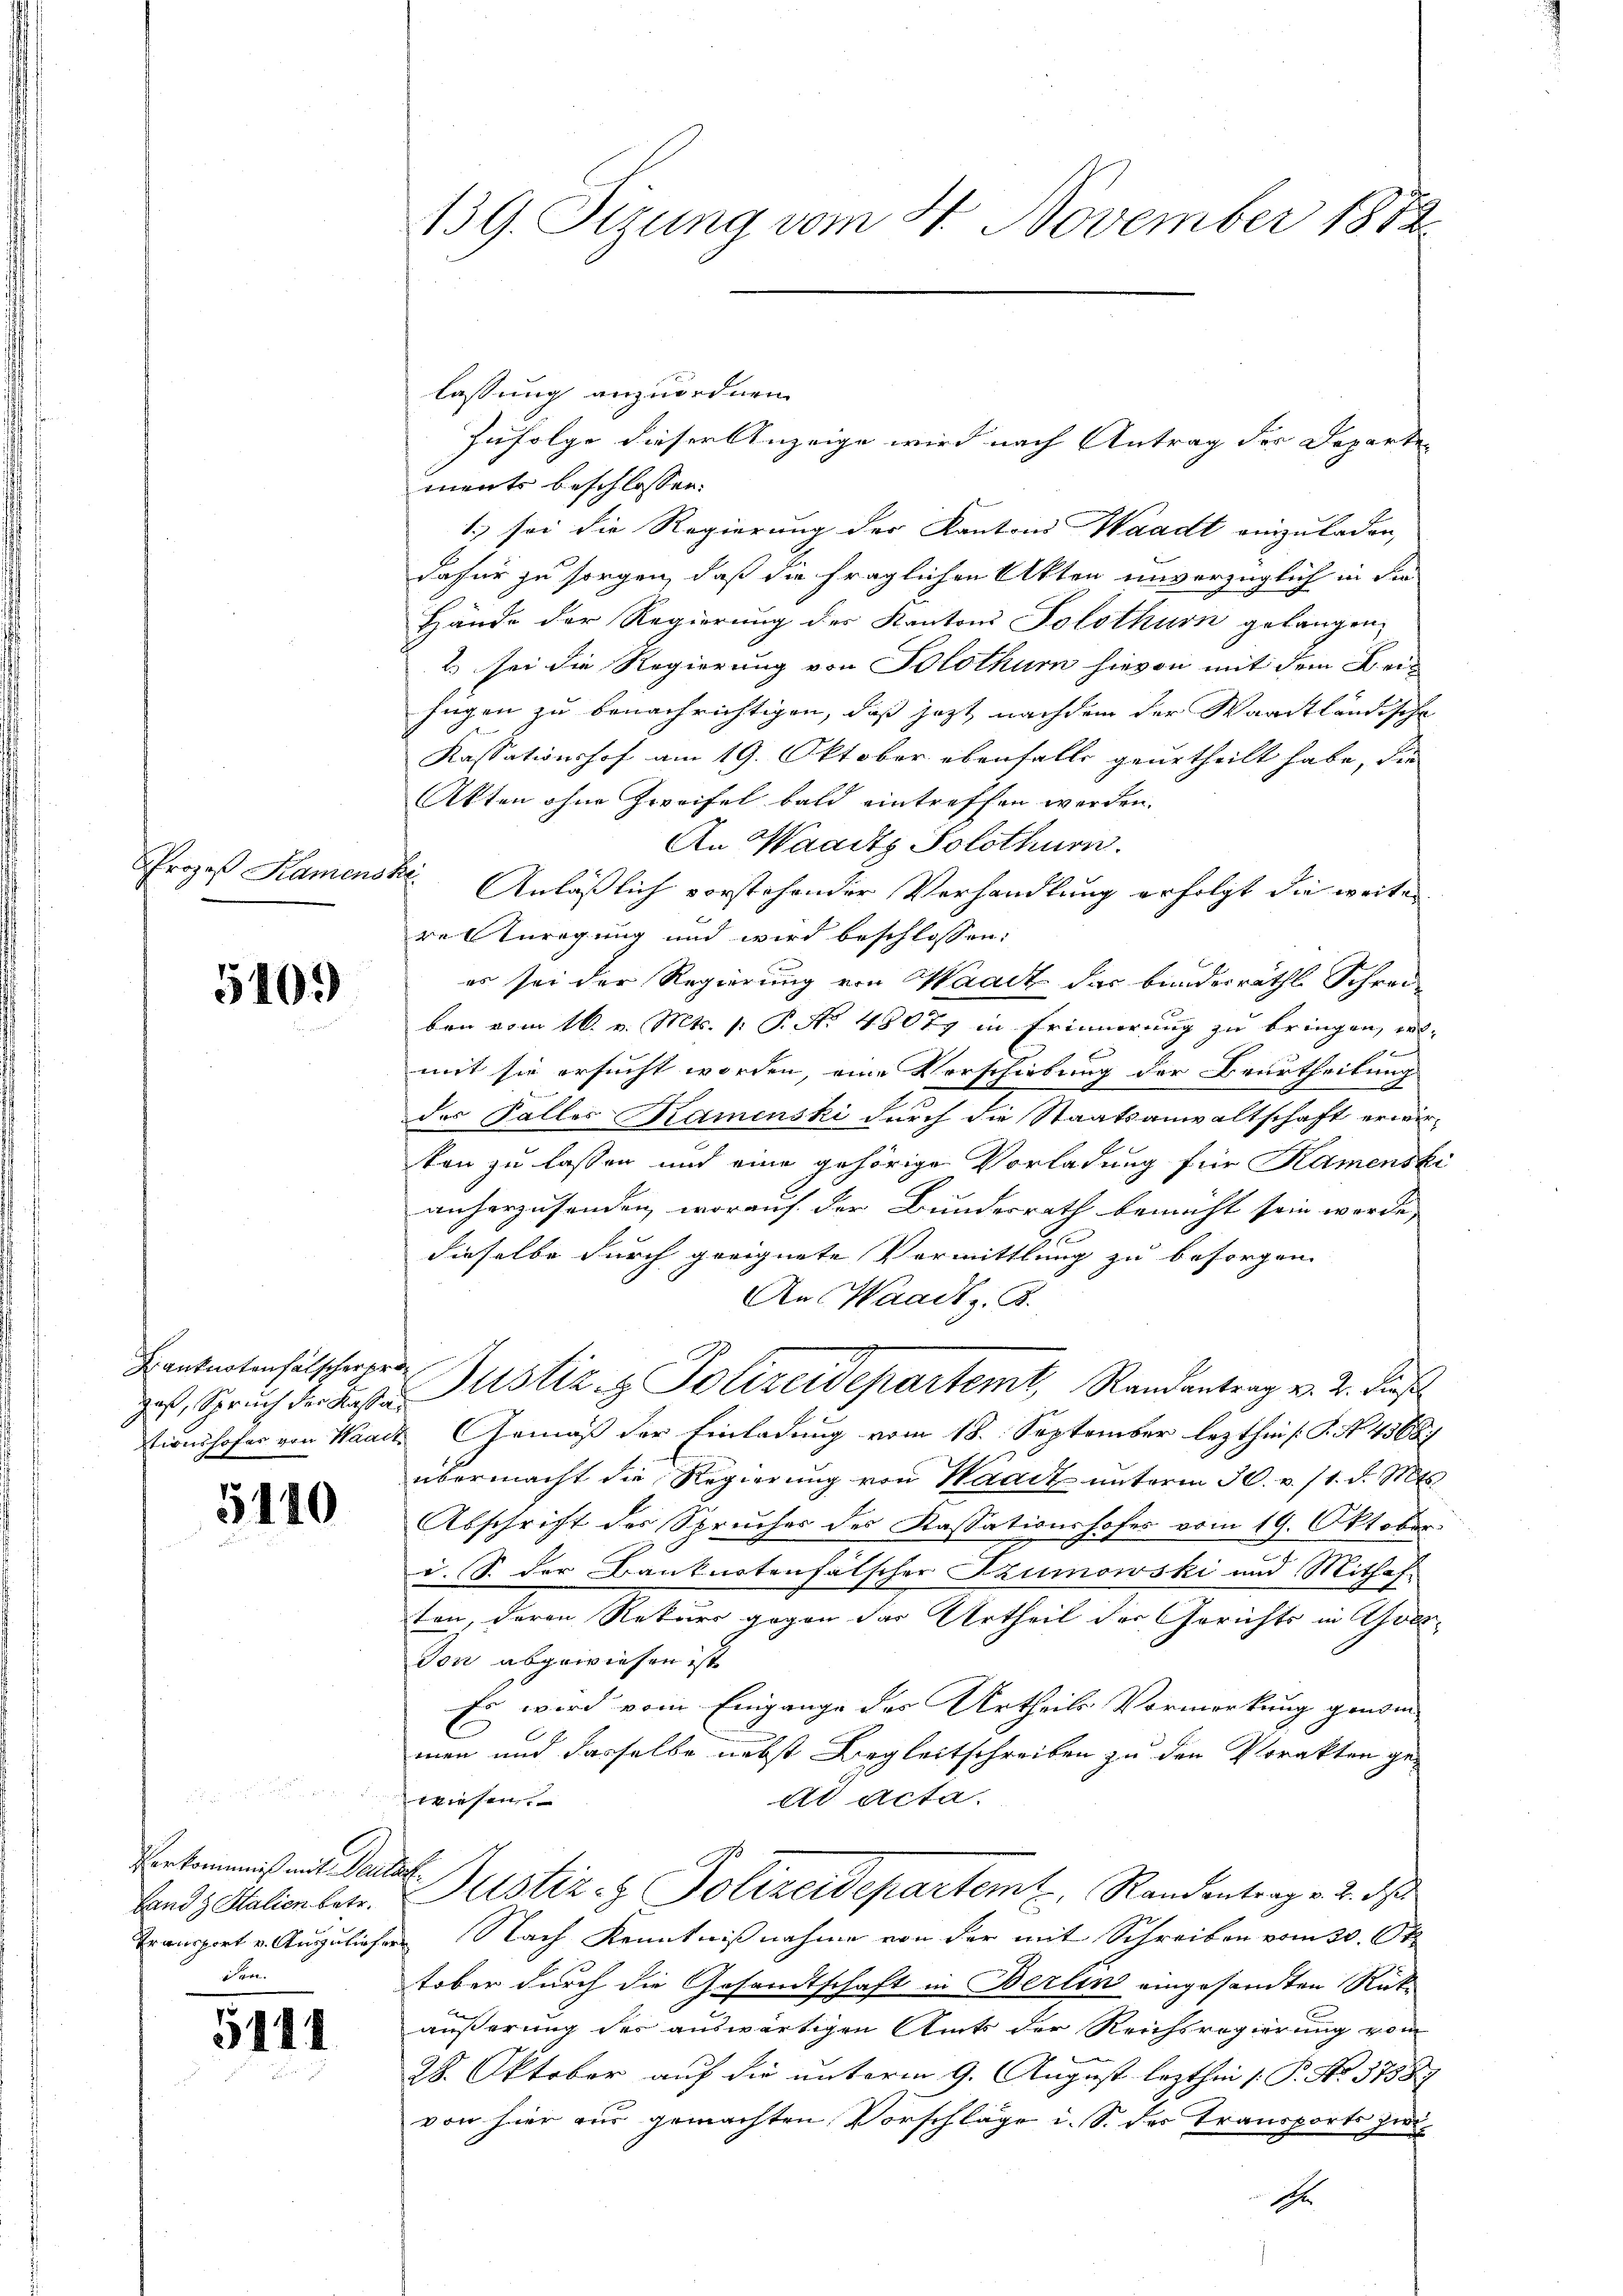
Prozeß Kamenss

5109

Kanknotenfälscher pro
tionshofes von Waach

5140

a
Verkommniß mit Verlas
Land z. Stalien betr.
den.

5141

139. Sizung vom 4. November 1884.

lassung anzuordnen.
Zufolge dieser Anzeige wird nach Antrag der Departen
ments beschlossen.
1.) sei die Regierung der Kanton Waadt einzuladen,
dafür zu sorgen, daß die fraglichen Akten unvorzüglich in die
Hände der Regierung des Kantons Solothurn gelangen
2 sei die Regierung von Solothurn hievon mit dem Bei¬
Jugen zu benachrichtigen, daß jetzt nachdem der Waadtländische
Kassationshof am 19. Oktober ebenfalls geurtheilt habe, die
Akten ohne Zweifel bald eintreffen werden.
An Waadt Solothurn.
t
Anläßlich vorstehender Verhandlung erfolgt die weiter
re Anregung und wird beschlossen:
es sei der Regierung von Waadt das bundesräthl. Schreiben vom 16. v. Mts. p P. Nr. 48077 in Erinnerung zu bringen, wo-
1 x
mit sie ersucht worden, eine Vorschiebung der Beurtheilung
das Falles Kamenski durch die Staatsanwaltschaft erwirkon zu lassen und eine gehörige Vorladung für Kamenski
anherzusenden, worauf der Bundesrath bemüht sein werde, |
dieselbe durch geeignete Vermittlung zu besorgen.
An Waadt z. B.
ds Spruch der Laste Justiz- & Polizeidepartemt, Randantrag v. 2. Diesel
Gemäß der Einladung vom 18. September lezthin s. S. No. 4568
übermacht die Regierung von Waadt unterm 30. v. 11. d. Mts
Abschrift der Spruches des Kassationshofes vom 19. Oktober.
d. S. der Banknotenfälscher Szumowski und Mithaf
ten, deren Rekurs gegen das Urtheil der Gerichts in Aver¬
Ton abgewiesen ist
Es wird vom Eingange des Urtheils Vormerkung genom
e
men und dasselbe nebst Begleitschreiben zu den Vorakten gewiesen.
dd Acta.
Justiz- & Polizeidepartemt. Randentrag v. 2. d
Transport v. Auguliefers Nach Kenntnißnahme von der mit Schreiben vom 20. Ott
tober durch die Gesandtschaft in Berlin eingesandten Rückäußerung des auswärtigen Amts der Reichsregierung vom
28. Oktober auf die unterm 9. August lezthin /: P. Nr. 37587
von hier aus gemachten Vorschläge u. S. der Transports zwi¬
Ehr